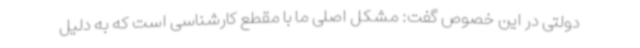
دولتی در این خصوص گفت: مشکل اصلی ما با مقطع کارشناسی است که به دلیل